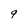
Character: 9